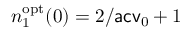
n _ { 1 } ^ { \mathrm { o p t } } ( 0 ) = 2 / \mathsf { a c v } _ { 0 } + 1